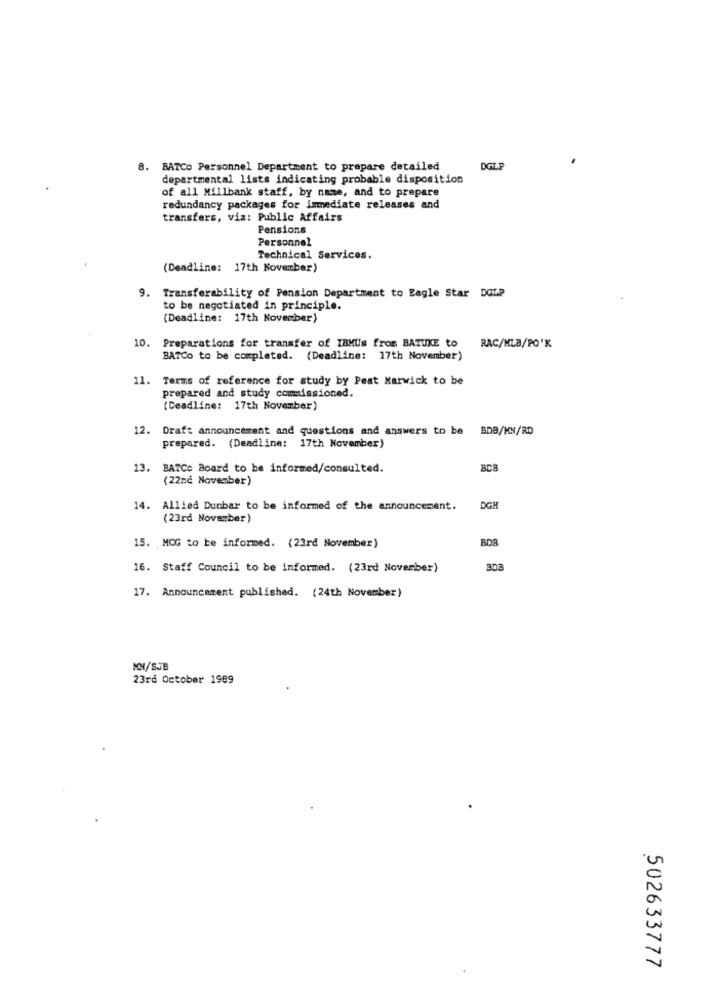
8. BATCo Personnel Department to prepare detailed
DGI
departmental lists indicating probable disposition
of all Millbank staff, by name, and to prepare
redundancy packages for immediate releases and
transfers, viz: Public Affairs
Pensions
Personnel
Technical Services.
(Deadline: 17th November)
9.
Transferability of Pension Department to Eagle Star DGLP
to be negotiated in principle.
(Deadline: 17th November)
10. Preparations for transfer of IBMUs from BATUXE to
RAC/MLA/PO'K
BATCo to be completed. (Deadline: 17th November)
11. Terms of reference for study by Peat Marwick to be
prepared and study commissioned.
(Deadline: 17th November)
12. Draft announcement and questions and answers to be BDB/KN/RD
prepared. (Deadline: 17th November)
13. BATCe Board to be informed/consulted.
BCB
(22nc November)
14. Allied Dunbar to be informed of the announcement.
DGH
(23rd November)
BOB
15. MCG to be informed. (23rd November)
16. Staff Council to be informed. (23rd November)
308
17. Announcement published. (24th November)
MN/SJB
23rd October 1999
502633777